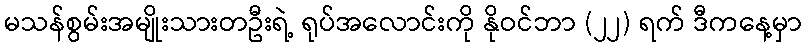
မသန်စွမ်းအမျိုးသားတဦးရဲ့ ရုပ်အလောင်းကို နိုဝင်ဘာ (၂၂) ရက် ဒီကနေ့မှာ